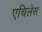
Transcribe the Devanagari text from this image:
एचिलेस